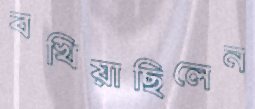
বখিয়াছিলেন